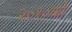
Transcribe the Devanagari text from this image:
२०१०की